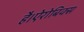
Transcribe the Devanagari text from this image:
है।ऐरोबिक्स